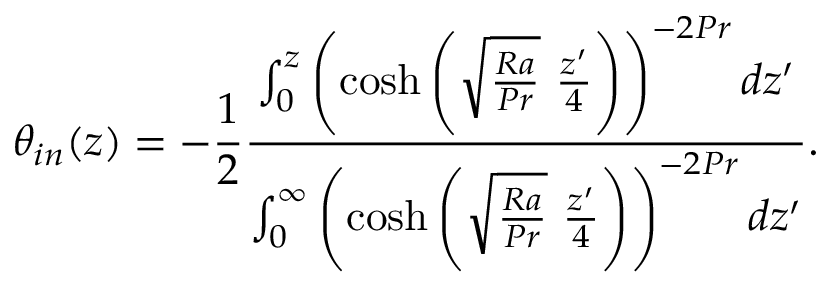
\theta _ { i n } ( z ) = - \frac { 1 } { 2 } \frac { \int _ { 0 } ^ { z } \left( \cosh { \left( \sqrt { \frac { R a } { P r } } \ \frac { z ^ { \prime } } { 4 } \right) } \right) ^ { - 2 P r } d z ^ { \prime } } { \int _ { 0 } ^ { \infty } \left( \cosh { \left( \sqrt { \frac { R a } { P r } } \ \frac { z ^ { \prime } } { 4 } \right) } \right) ^ { - 2 P r } d z ^ { \prime } } .